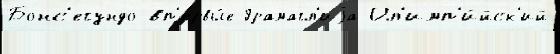
Бонс'егундо вп'ервы́е Грамагл'иjа Ол'имп'и́йск'ий